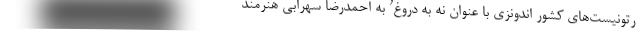
رتونیست‌های کشور اندونزی با عنوان نه به دروغ’ به احمدرضا سهرابی هنرمند